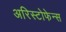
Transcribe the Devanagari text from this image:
अरिस्टोफेन्स